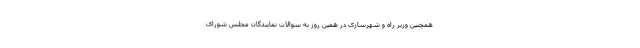
همچنین وزیر راه و شهرسازی در همین روز به سوالات نمایندگان مجلس شورای